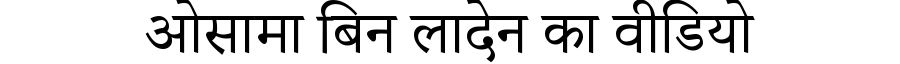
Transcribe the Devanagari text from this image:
ओसामा बिन लादेन का वीडियो